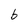
Character: b